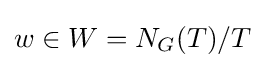
w\in W=N_{G}(T)/T